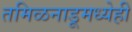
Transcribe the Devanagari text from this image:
तमिळनाडूमध्येही